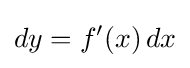
dy=f'(x)\,dx